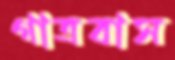
গাত্রবাস